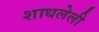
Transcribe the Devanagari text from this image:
शाधलेली